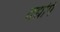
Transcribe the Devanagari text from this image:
तद्यपि